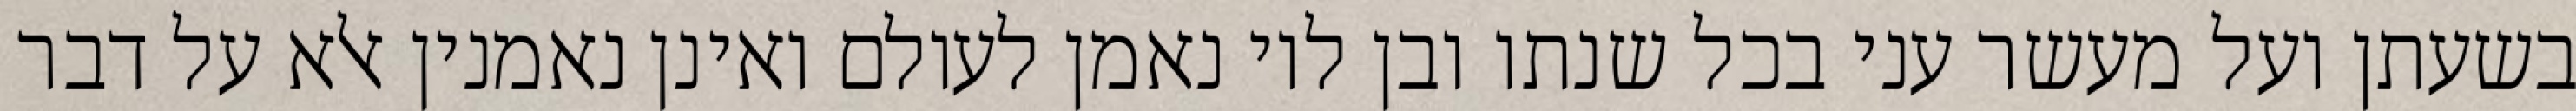
בשעתן ועל מעשר עני בכל שנתו ובן לוי נאמן לעולם ואינן נאמנין אלא על דבר